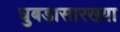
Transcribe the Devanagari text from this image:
घुबडासारख्या